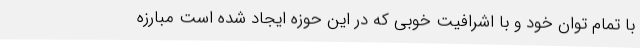
با تمام توان خود و با اشرافیت خوبی که در این حوزه ایجاد شده است مبارزه